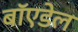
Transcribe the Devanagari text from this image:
बॉएडेल